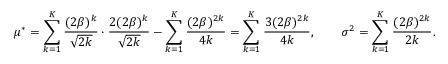
\mu ^ { \ast } = \sum _ { k = 1 } ^ { K } \frac { ( 2 \beta ) ^ { k } } { \sqrt { 2 k } } \cdot \frac { 2 ( 2 \beta ) ^ { k } } { \sqrt { 2 k } } - \sum _ { k = 1 } ^ { K } \frac { ( 2 \beta ) ^ { 2 k } } { 4 k } = \sum _ { k = 1 } ^ { K } \frac { 3 ( 2 \beta ) ^ { 2 k } } { 4 k } , \qquad \sigma ^ { 2 } = \sum _ { k = 1 } ^ { K } \frac { ( 2 \beta ) ^ { 2 k } } { 2 k } .